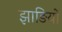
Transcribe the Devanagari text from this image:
झाङियों